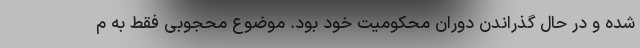
شده و در حال گذراندن دوران محکومیت خود بود. موضوع محجوبی فقط به م